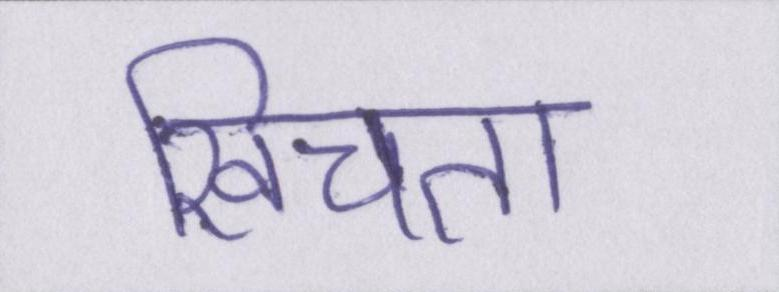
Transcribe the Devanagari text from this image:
खिंचता